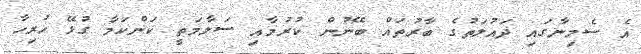
އެ ސެމިނާގައި ދައުލަތުގެ ބާރުތައް ބޭނުން ކުރުމާއި ސަލާމަތީ ކަންކަމާ ގުޅޭ ހުރިހާ